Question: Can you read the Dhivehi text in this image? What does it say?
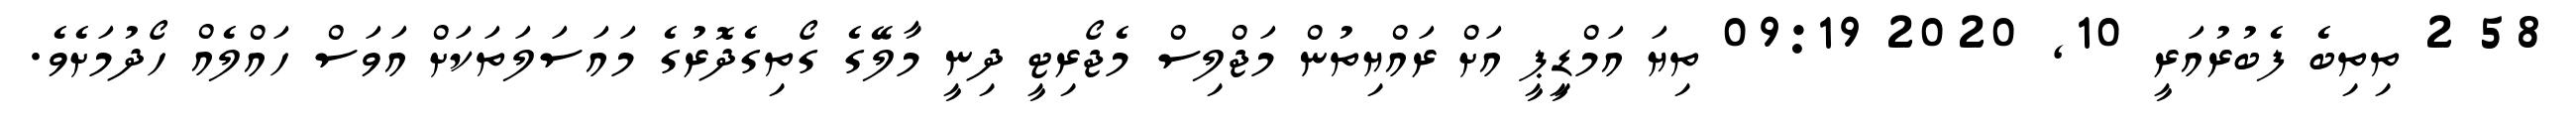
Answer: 58 2 ތިތިބެ ފެބުރުއަރީ 10, 2020 09:19 ތިޔަ އަމްޑިީޕީ އަށް ރައްޔިތުން މަޖްލިސް މެޖޯރިޓީ ދިނީ މާލޭގެ ގޯތިގެދޮރުގެ މައަސަލަތަކަށް އަވަސް ހައްލެއް ހޯދުމަށެވެ.